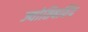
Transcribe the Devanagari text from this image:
ज्योतिषविंद